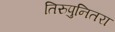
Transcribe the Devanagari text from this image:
तिरुपुनितरा